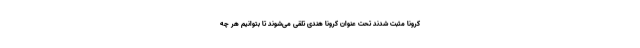
کرونا مثبت شدند تحت عنوان کرونا هندی تلقی می‌شوند تا بتوانیم هر چه